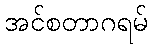
အင်စတာဂရမ်